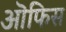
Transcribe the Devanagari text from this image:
ऒफिस